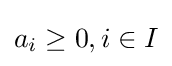
a_{i}\geq 0,i\in I